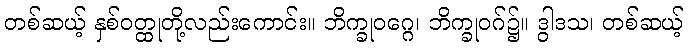
တစ်ဆယ့် နှစ်ဝတ္ထုတို့လည်းကောင်း။ ဘိက္ခုဝဂ္ဂေ၊ ဘိက္ခုဝဂ်၌။ ဒွါဒသ၊ တစ်ဆယ့်